Medical and sanitary report of the native army of Bengal for the year
Year: 1876
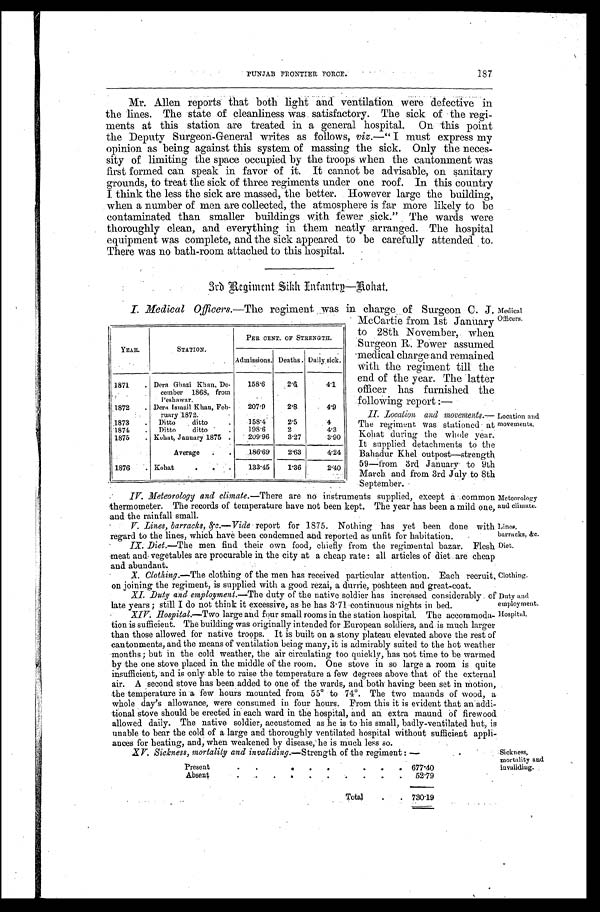
PUNJAB FRONTIER FORCE.
187
Mr. Allen reports that both light and ventilation were defective in
the lines. The state of cleanliness was satisfactory. The sick of the regi-
ments at this station are treated in a general hospital. On this point
the Deputy Surgeon-General writes as follows, viz.—"I must express my
opinion as being against this system of massing the sick. Only the neces-
sity of limiting the space occupied by the troops when the cantonment was
first formed can speak in favor of it. It cannot be advisable, on sanitary
grounds, to treat the sick of three regiments under one roof. In this country
I think the less the sick are massed, the better. However large the building,
when a number of men are collected, the atmosphere is far more likely to be
contaminated than smaller buildings with fewer sick." The wards were
thoroughly clean, and everything in them neatly arranged. The hospital
equipment was complete, and the sick appeared to be carefully attended to.
T h e r e w a s n o b a t c h - r o o m a t t a c h e d t o t h i s h o s p i t a l .
3rd Regiment Sikh Infantry—Kohat.
I. Medical Officers.—The regiment was in charge of Surgeon C. J.
McCartie from 1st January to 28th November, when
Sur geon R. Power assumed
medical charge and remained
With the regiment till the
end of the year. The latter
officer has furnished the
following report:—
II. Location and movements.
— T h e r e g i m e n t w a s s t a t i o n e d a t
Kohat during the whole year.
It supplied detachments to the
Bahadur Khel outpost—strength
59—from 3rd January to 9th
March and from 3rd July to 8th
September.
IV. Meteorology and climate. —There are no instruments supplied, except a common
thermometer. The records of temperature have not been kept. The year has been a mild one,
and the rainfall small.
V. Lines, barracks, &c.—Vide report for 1875. Nothing has yet been done with
regard to the lines, which have been condemned and reported as unfit for habitation.
IX. Diet.—The men find their own food, chiefly from the regimental bazar. Flesh
meat and vegetables are procurable in the city at a cheap rate: all articles of diet are cheap
and abundant.
X . Clothing.—The clothing of the men has received particular attention. Each recruit,
o n
j o i n i n g t h e r e g i m e n t , i s s u p p l i e d w i t h a g o o d r e z a i , a d u r r i e , p o s h t e e n a n d g r e a t - c o a t .
XI. Duty and employment.—The duty of the native soldier has increased considerably of
late years; still I do not think it excessive, as he has 3.71 continuous nights in bed.
XIV. Hospital.—Two large and four small rooms in the station hospital. The accommoda-
tion is sufficient. The building was originally intended for European soldiers, and is much larger
than those allowed for native troops. It is built on a stony plateau elevated above the rest of
cantonments, and the means of ventilation being many, it is admirably suited to the hot weather
months; but in the cold weather, the air circulating too quickly, has not time to be warmed
by the one stove placed in the middle of the room. One stove in so large a room is quite
insufficient, and is only able to raise the temperature a few degrees above that of the external
air. A second stove has been added to one of the wards, and both having been set in motion,
the temperature in a, few hours mounted from 55° to 74°. The two maunds of wood, a
whole day's allowance, were consumed in four hours. From this it is evident that an addi-
tional stove should be erected in each ward in the hospital, and an extra maund Of firewood
allowed daily. The native soldier, accustomed as he is to his small, badly-ventilated hut, is
unable to bear the cold of a large and thoroughly ventilated hospital without sufficient appli-
ances for heating, and, when weakened by disease, he is much less so.
XV. Sickness, mortality and invaliding.—Strength of the regiment:—
Present
6 7 7 . 4 0
Absent
5 2 . 7 9
Total
7 3 0 . 1 9
YEAR.
STATION.
PER CENT. OF STRENGTH.
Admissions. Deaths. Daily sick.
1871
Dera Ghazi Khan, De-
cember 1868, from
P e s h a w a r .
158.6
2.6
4.1
1872
Dera Ismail Khan, Feb-
ruary 1872.
207.9
2.8
4.9
1873
Ditto ditto
158.4
2.5
4
1874
Ditto ditto
198. 6
2
4.3
1875
Kohat, January 1875
209.96
3.27
3.90
Average
186.69 2.63
4.24
1876
Kohat
133.45
1.36
2.40
Medical
Officers.
Location and
movements.
Meteorology
and climate.
Lines,
barracks, &c.
Diet.
Clothing.
Duty and
employment.
Hospital.
Sickness,
mortality and
invaliding.